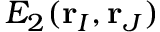
E _ { 2 } ( \mathbf { r } _ { I } , \mathbf { r } _ { J } )